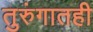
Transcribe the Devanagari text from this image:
तुरुंगातही